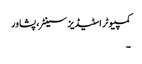
کمپیوٹر اسٹیڈیز سینٹر، پشاور
۔